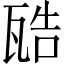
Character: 𤭚